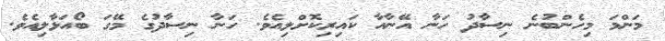
މަންމަ މިހެންބުނެ ނިސާދު ހަނާ އޭނާއާ ކައިރިކޮށްލިއެވެ. ހަނާ ނިސާދުގެ މޭގަ ބޯއަޅާލިއެވެ.